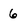
Character: 6